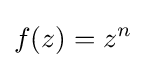
f(z)=z^{n}